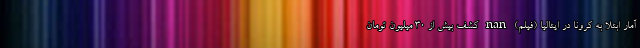
آمار ابتلا به کرونا در ایتالیا (فیلم) nan کشف بیش از 30 میلیون تومان